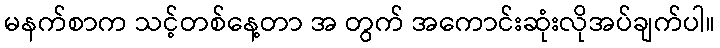
မနက်စာက သင့်တစ်နေ့တာ အ တွက် အကောင်းဆုံးလိုအပ်ချက်ပါ။